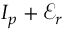
I _ { p } + \mathcal { E } _ { r }